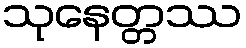
သုနေတ္တဿ